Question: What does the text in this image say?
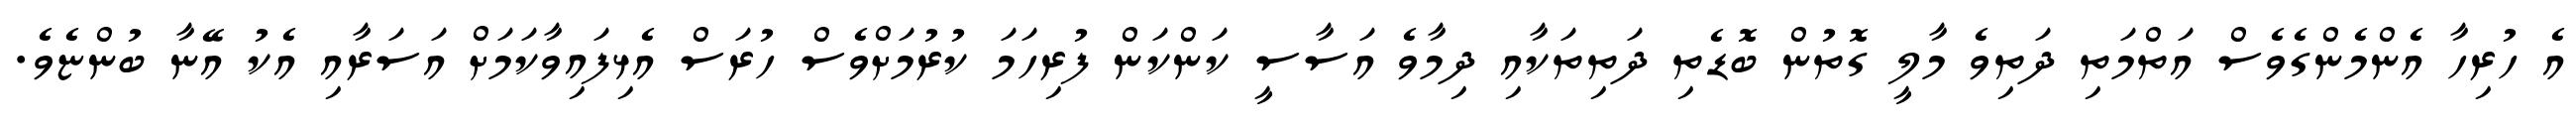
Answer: އެ ހުރިހާ އެންމެންގެވެސް އަތްމަތި ދަތިވެ މާލީ ގޮތުން ބޮޑެތި ދަތިތަކާއި ދިމާވެ އަސާސީ ކަންކަން ފުރިހަމަ ކުރުމަށްވެސް ހުރަސް އެޅިފައިވާކަމަށް އަސަރާއި އެކު އޭނާ ބުންޏެވެ.